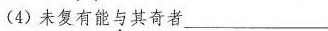
(4)未复有能与其奇者___